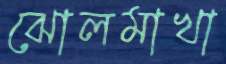
ঝোলমাখা